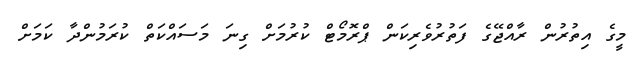
މީގެ އިތުރުން ރާއްޖޭގެ ފަތުރުވެރިކަން ޕްރޮމޯޓް ކުރުމަށް ގިނަ މަސައްކަތް ކުރަމުންދާ ކަަމަށް